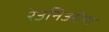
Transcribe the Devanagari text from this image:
रेउनिओण